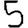
Digit: 5